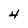
Character: 4